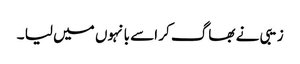
زیبی نے بھاگ کر اسے بانہوں میں لیا ۔